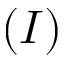
( I )